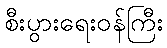
စီးပွားရေးဝန်ကြီး